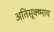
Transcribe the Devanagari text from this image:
अतिसूक्ष्माय